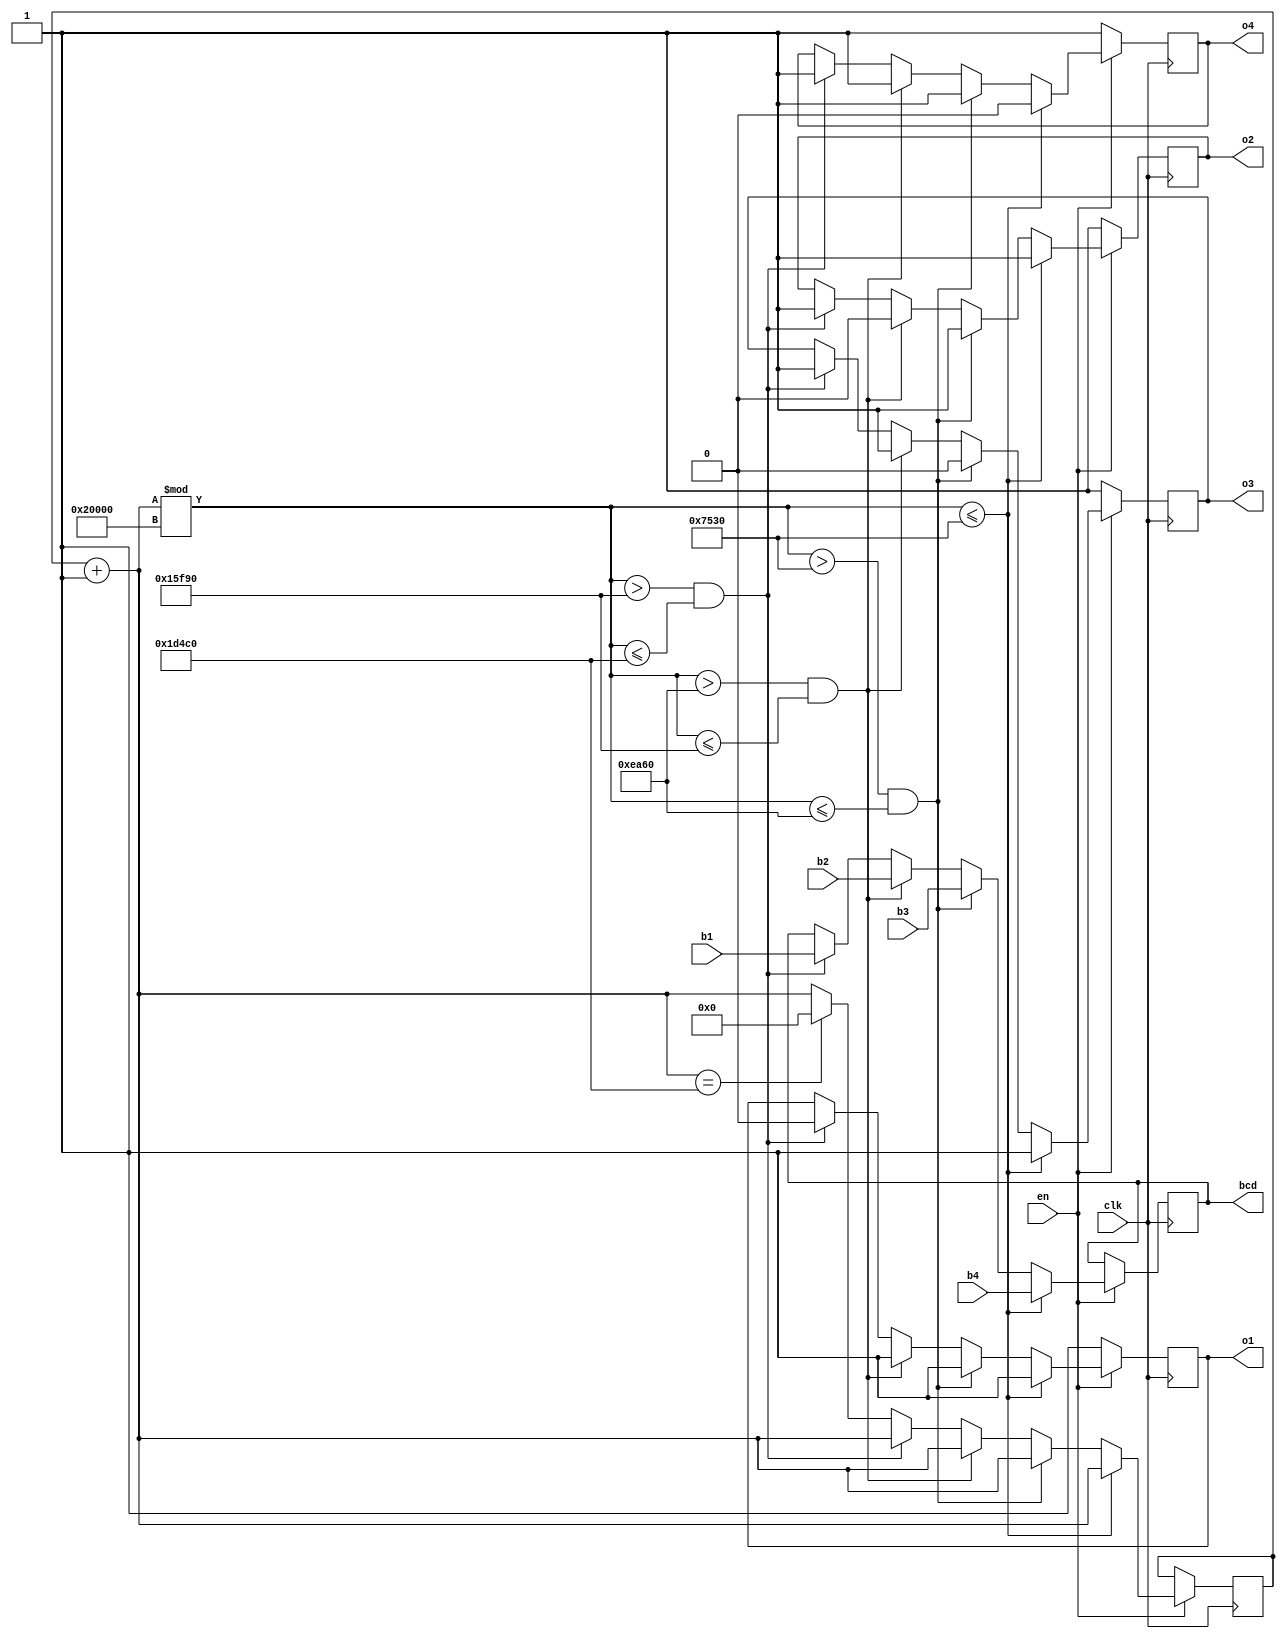
module display_module (
	input clk, // Clock
	input en, //Enable
  	input [6:0] b1,b2,b3,b4, //For storing the bcd display
  	output o1,o2,o3,o4,
  	output [0:6] bcd
);

	//Required values
	reg o1,o2,o3,o4;
	reg [0:6] bcd;
	reg [63:0] display_count;//Clock counts

	always @(posedge clk)
	begin
		if(en==1)
		begin
			//Counter for the display
			display_count=display_count+1;
			if(display_count%131072<=30000)
			begin
				o1=1;
				o2=1;
				o3=1;
				o4=0;
				bcd=b4;
			end

			else if(display_count%131072>30000 & display_count%131072<=60000)
			begin
				o1=1;
				o2=1;
				o3=0;
				o4=1;
				bcd=b3;
			end

			else if(display_count%131072>60000 & display_count%131072<=90000 )
			begin
				o1=1;
				o2=0;
				o3=1;
				o4=1;
				bcd=b2;
			end

			else if(display_count%131072>90000 & display_count%131072<=120000 )
			begin
				o1=0;
				o2=1;
				o3=1;
				o4=1;
				bcd=b1;
			end

			//Reset the display_count on 120000 ticks
			else if(display_count==120000)
			begin
				display_count=0;
			end
		end
		else
		begin
			o1=1;
			o2=1;
			o3=1;
			o4=1;
		end
	end
endmodule